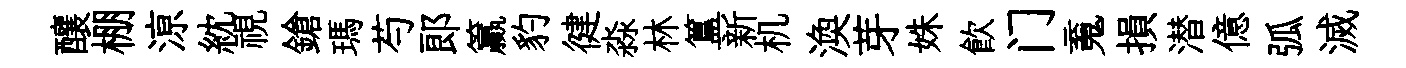
釀棚鿌紞視鎗瑪芍郞籯豹徤淼林簋新机渙芽姝飮门䰟損潜億弧滅